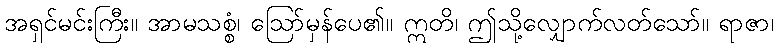
အရှင်မင်းကြီး။ အာမသစ္စံ၊ ဩော်မှန်ပေ၏။ ဣတိ၊ ဤသို့လျှောက်လတ်သော်။ ရာဇာ၊